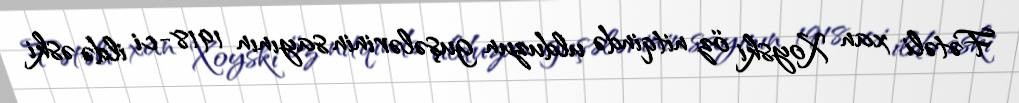
Fətəli xan Xoyski öz nitqində ulduzun guşələrinin sayının 1918-ci ildə əski